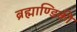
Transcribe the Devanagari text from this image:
ब्रह्माण्डिकी